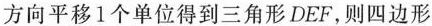
方向平移1个单位得到三角形DEF，则四边形